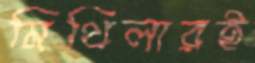
মিথিলারই